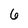
Character: 6